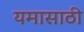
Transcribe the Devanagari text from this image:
यमासाठी